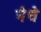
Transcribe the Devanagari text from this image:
नेधे